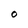
Character: 0